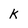
Character: k